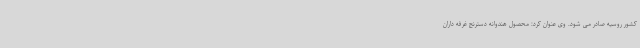
کشور روسیه صادر می شود. وی عنوان کرد: محصول هندوانه دسترنج غرفه داران